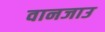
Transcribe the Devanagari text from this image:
वानजाउ